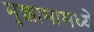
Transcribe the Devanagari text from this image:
मुक्कामामध्ये